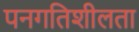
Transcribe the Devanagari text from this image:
पनगतिशीलता